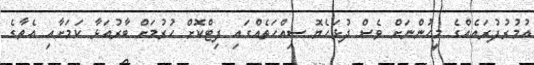
އުމުރުފުރައެއްގެ މީހުންނަށް ވެސް ދުޅަހެޔޮ ސިއްހަތެއްގައި ފިޓްކޮށް ހުރުމަށް ބާރުއަޅާ ކަމަށާއި އެތާގެ